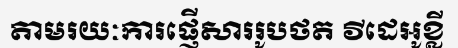
តាមរយៈការផ្ញើសាររូបថត វីដេអូខ្លី